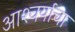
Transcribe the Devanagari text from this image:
आश्‍चर्याचा